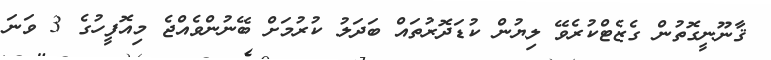
ޤާނޫނީގޮތުން ގެޒެޓްކުރެވޭ ލިޔުން ކުޑަދޮރުތައް ބަދަލު ކުރުމަށް ބޭނުންވެއްޖެ މިއޮފީހުގެ 3 ވަނަ